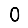
Digit: 0